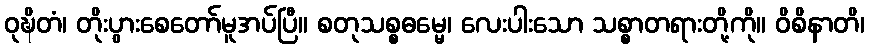
ဝုဍ္ဎိတံ၊ တိုးပွားစေတော်မူအပ်ပြီ။ စတုသစ္စဓမ္မေ၊ လေးပါးသော သစ္စာတရားတို့ကို။ ဝိစိနာတိ၊